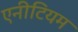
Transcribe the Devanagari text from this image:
एनीटियम